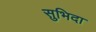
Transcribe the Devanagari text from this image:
सुभिदा